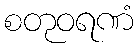
စတုဝရဏံ